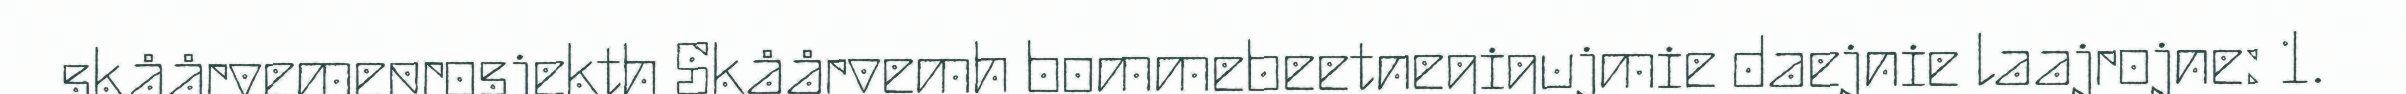
skåårvemeprosjekth Skåårvemh bommebeetnegigujmie daejnie laajrojne: 1.